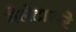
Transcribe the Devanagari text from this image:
गैलेटासरे